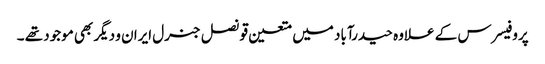
پروفیسرس کے علاوہ حیدرآباد میں متعین قونصل جنرل ایران و دیگر بھی موجود تھے ۔